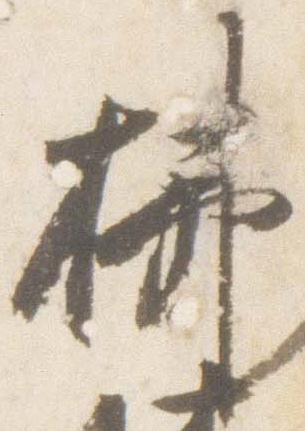
拂